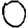
Digit: 0